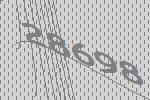
28698